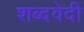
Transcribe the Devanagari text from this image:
शब्दवेदी